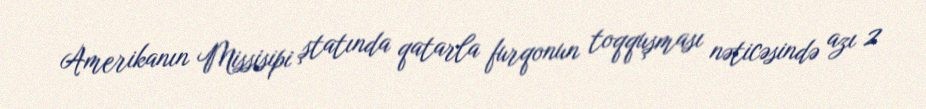
Amerikanın Missisipi ştatında qatarla furqonun toqquşması nəticəsində azı 2